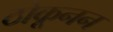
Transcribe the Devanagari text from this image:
ठोकूनन